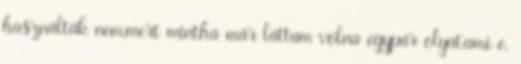
használták nem,mert mintha már láttam volna egypár olyat,ami e.